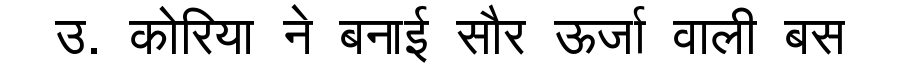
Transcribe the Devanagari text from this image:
उ. कोरिया ने बनाई सौर ऊर्जा वाली बस